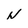
Character: N